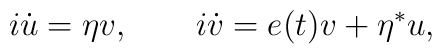
i\dot{u} = \eta v , \quad \quad i\dot{v} = e(t) v + \eta^{*} u,